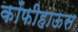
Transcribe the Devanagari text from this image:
कॉफीहाऊस